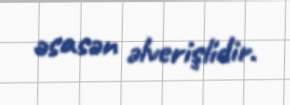
əsasən əlverişlidir.